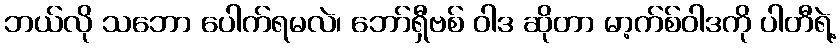
ဘယ်လို သဘော ပေါက်ရမလဲ၊ ဘော်ရှီဗစ် ဝါဒ ဆိုတာ မာ့က်စ်ဝါဒကို ပါတီရဲ့